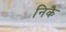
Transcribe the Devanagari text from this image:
निकै